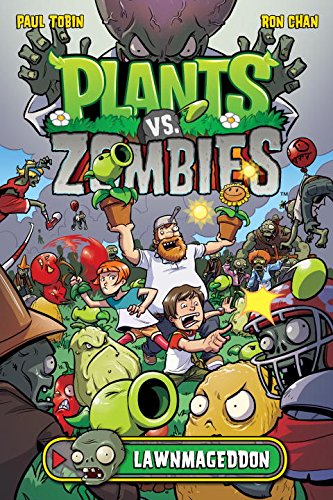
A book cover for Plants vs. Zombies: Lawnmageddon; Paul Tobin; Comics & Graphic Novels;